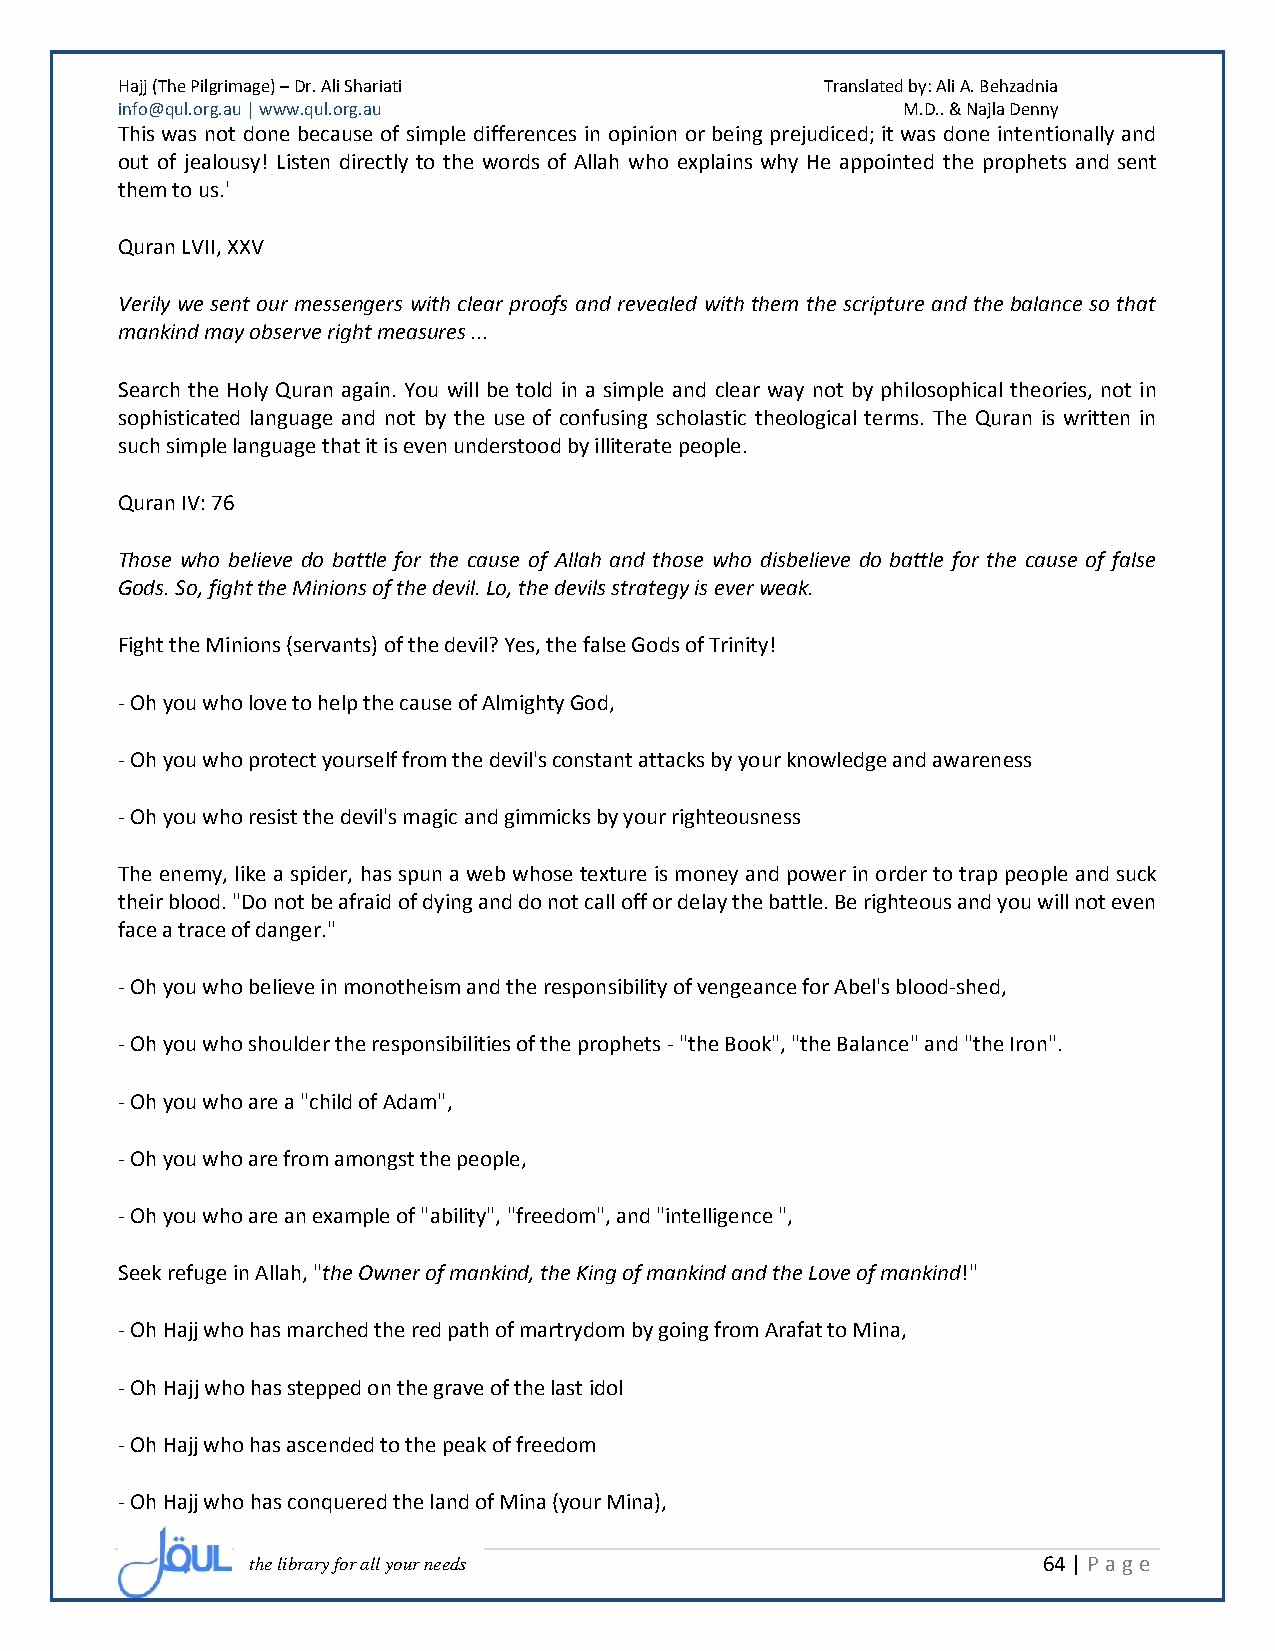
Hajj (The Pilgrimage) – Dr. Ali Shariati       Translated by: Ali A. Behzadnia
 info@qul.org.au | www.qul.org.au                    M.D.. & Najla Denny
 This was not done because of simple differences in opinion or being prejudiced; it was done intentionally and
 out of jealousy! Listen directly to the words of Allah who explains why He appointed the prophets and sent
 them to us.'
 Quran LVII, XXV
 Verily we sent our messengers with clear proofs and revealed with them the scripture and the balance so that
 mankind may observe right measures ...
 Search the Holy Quran again. You will be told in a simple and clear way not by philosophical theories, not in
 sophisticated language and not by the use of confusing scholastic theological terms. The Quran is written in
 such simple language that it is even understood by illiterate people.
 Quran IV: 76
 Those who believe do battle for the cause of Allah and those who disbelieve do battle for the cause of false
 Gods. So, fight the Minions of the devil. Lo, the devils strategy is ever weak.
 Fight the Minions (servants) of the devil? Yes, the false Gods of Trinity!
 - Oh you who love to help the cause of Almighty God,
 - Oh you who protect yourself from the devil's constant attacks by your knowledge and awareness
 - Oh you who resist the devil's magic and gimmicks by your righteousness
 The enemy, like a spider, has spun a web whose texture is money and power in order to trap people and suck
 their blood. "Do not be afraid of dying and do not call off or delay the battle. Be righteous and you will not even
 face a trace of danger."
 - Oh you who believe in monotheism and the responsibility of vengeance for Abel's blood-shed,
 - Oh you who shoulder the responsibilities of the prophets - "the Book", "the Balance" and "the Iron".
 - Oh you who are a "child of Adam",
 - Oh you who are from amongst the people,
 - Oh you who are an example of "ability", "freedom", and "intelligence ",
 Seek refuge in Allah, "the Owner of mankind, the King of mankind and the Love of mankind!"
 - Oh Hajj who has marched the red path of martrydom by going from Arafat to Mina,
 - Oh Hajj who has stepped on the grave of the last idol
 - Oh Hajj who has ascended to the peak of freedom
 - Oh Hajj who has conquered the land of Mina (your Mina),
 the library for all your needs                      64 | P age